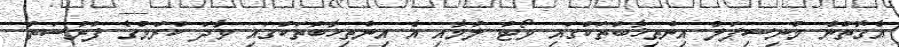
އެގޮތުން މުނިސިޕަލް އިންތިޚާބުތަކުގައި ވޯޓު ލުމާއި އެ އިންތިޚާބުތަކުގައި ވާދަ ކުރުމުގެ ފުރުސަތު